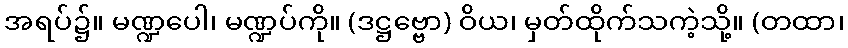
အရပ်၌။ မဏ္ဍပေါ၊ မဏ္ဍပ်ကို။ (ဒဋ္ဌဗ္ဗော) ဝိယ၊ မှတ်ထိုက်သကဲ့သို့။ (တထာ၊